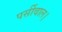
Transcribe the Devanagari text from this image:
पर्सीवाल।